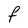
Character: F